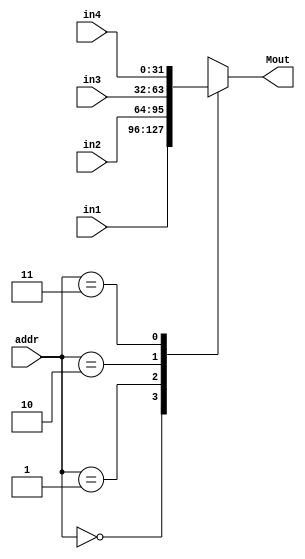
module Mux_4_32 (addr,in1,in2,in3,in4,Mout);
    input [1:0]    addr;
    input [31:0]   in1,in2,in3,in4;
    output [31:0]  Mout;
    reg [31:0]     Mout;
    always@(addr or in1 or in2 or in3 or in4 ) 
    begin
        case(addr)
            2'b00: Mout <= in1;
            2'b01: Mout <= in2;
            2'b10: Mout <= in3;
            2'b11: Mout <= in4;
        endcase
    end
endmodule

module Mux_4_5 (addr,in1,in2,in3,in4,Mout);
    input [1:0]     addr;
    input [4:0]     in1,in2,in3,in4;
    output [4:0]    Mout;
    reg [4:0]       Mout;
    always@(addr or in1 or in2 or in3 or in4 ) 
    begin
        case(addr)
            2'b00: Mout <= in1;
            2'b01: Mout <= in2;
            2'b10: Mout <= in3;
            2'b11: Mout <= in4;
        endcase
    end
endmodule

module Mux_2 (addr,in1,in2,Mout);    //it's deserted
    input  addr;
    input [31:0] in1,in2;
    output [31:0] Mout;
    reg [31:0] Mout;
    always@(addr or in1 or in2 ) 
    begin
        case(addr)
            1'b0: Mout <= in1;
            1'b1: Mout <= in2;
        endcase
    end
endmodule